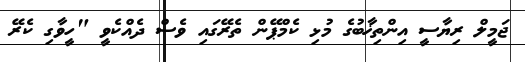
ޖަމީލް ރިޔާސީ އިންތިޚާބުގެ މުޅި ކެމްޕޭން ތެރޭގައި ވެސް ދެއްކެވީ "ހީވާގި ކެރޭ